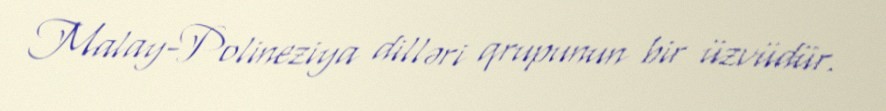
Malay-Polineziya dilləri qrupunun bir üzvüdür.